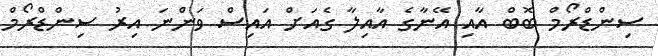
ސިންޑްރޯމް ބޮބް އާއި އޭނާގެ އާއިލާ ގެއަށް އައިސް ވަންނަ އިރު ސިންޑްރޯމް